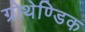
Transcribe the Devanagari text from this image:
ग्रोथेण्डिक